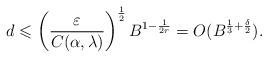
LaTeX: \begin{align*}d\leqslant\left(\frac{\varepsilon}{C(\alpha,\lambda)}\right)^\frac{1}{2}B^{1-\frac{1}{2r}}=O(B^{\frac{1}{3}+\frac{\delta}{2}}).\end{align*}